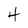
Character: 4